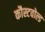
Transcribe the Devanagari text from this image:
कौस्टवोल्ड